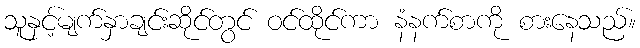
သူနှင့်မျက်နှာချင်းဆိုင်တွင် ဝင်ထိုင်ကာ နံနက်စာကို စားနေသည်။